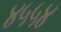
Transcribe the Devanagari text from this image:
४५५४